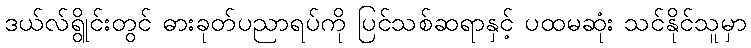
ဒယ်လ်ရွိုင်းတွင် ဓားခုတ်ပညာရပ်ကို ပြင်သစ်ဆရာနှင့် ပထမဆုံး သင်နိုင်သူမှာ